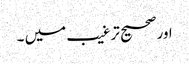
اورصحیح ترغیب میں ۔